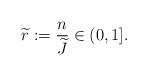
LaTeX: \begin{align*}\widetilde r:=\frac{n}{\widetilde{J}}\in(0,1].\end{align*}